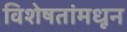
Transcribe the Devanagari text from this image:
विशेषतांमधून